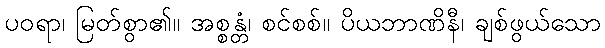
ပဝရာ၊ မြတ်စွာ၏။ အစ္စန္တံ၊ စင်စစ်။ ပိယဘာဏိနီ၊ ချစ်ဖွယ်သော